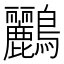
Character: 鸝